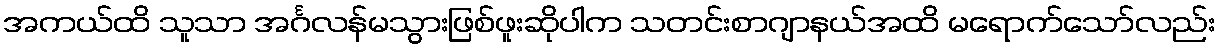
အကယ်ထိ သူသာ အင်္ဂလန်မသွားဖြစ်ဖူးဆိုပါက သတင်းစာဂျာနယ်အထိ မရောက်သော်လည်း